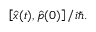
\begin{array} { r } { \left[ { \hat { x } } ( t ) , \hat { p } ( 0 ) \right] / i \hbar . } \end{array}